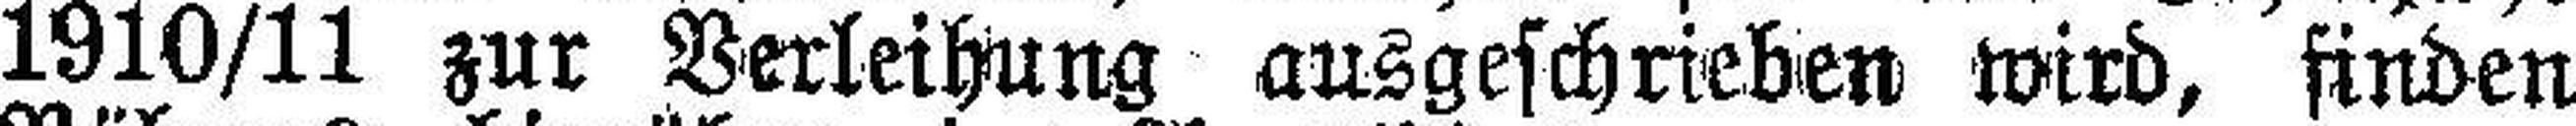
1910/11 zur Verleihung ausgeschrieben wird, finden